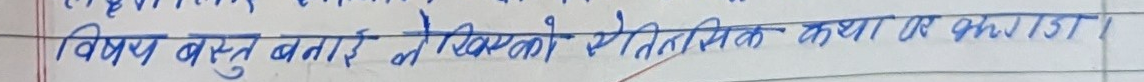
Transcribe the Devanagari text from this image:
विषय वस्तु बनाई जसको ऐतिहासिक कथा का भगाडा।